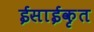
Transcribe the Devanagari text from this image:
ईसाईकृत